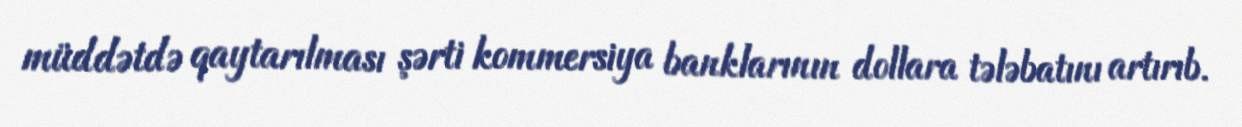
müddətdə qaytarılması şərti kommersiya banklarının dollara tələbatını artırıb.